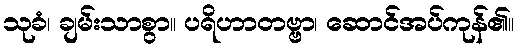
သုခံ၊ ချမ်းသာစွာ။ ပရိဟာတဗ္ဗာ၊ ဆောင်အပ်ကုန်၏။